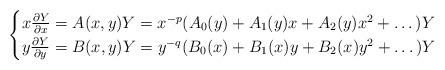
LaTeX: \begin{align*}\begin{cases}x \frac{\partial Y}{\partial x} = A (x,y) Y= x^{-p} (A_0(y) + A_1(y) x+ A_2(y) x^2 + \dots) Y\\ y \frac{\partial Y}{\partial y} = B (x,y) Y= y^{-q} ({B}_0(x) + {B}_1(x) y + {B}_2(x) y^2 + \dots) Y\end{cases} \end{align*}